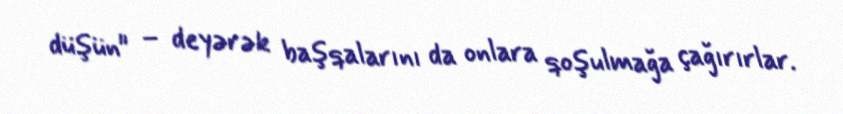
düşün" – deyərək başqalarını da onlara qoşulmağa çağırırlar.